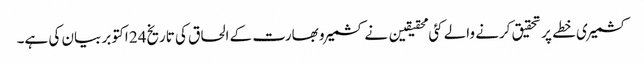
کشمیری خطے پر تحقیق کرنے والے کئی محقیقین نے کشمیر و بھارت کے الحاق کی تاریخ24 اکتوبر بیان کی ہے۔